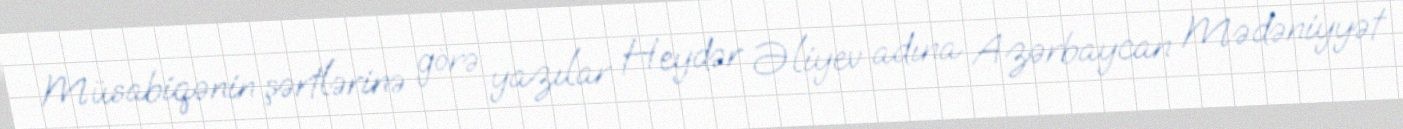
Müsabiqənin şərtlərinə görə yazılar Heydər Əliyev adına Azərbaycan Mədəniyyət